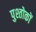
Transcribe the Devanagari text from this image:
पुश्तोकों